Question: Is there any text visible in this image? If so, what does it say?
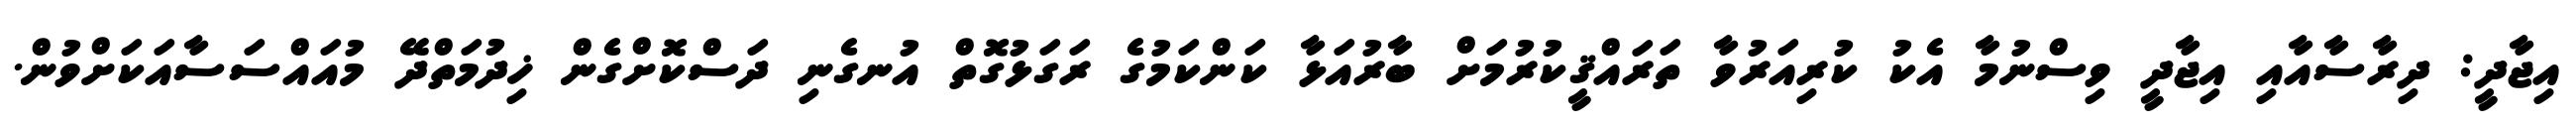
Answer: އިޖާދީ: ދިރާސާއާއި އިޖާދީ ވިސްނުމާ އެކު ކުރިއަރުވާ ތަރައްޤީކުރުމަށް ބާރުއަޅާ ކަންކަމުގެ ރަގަޅުގޮތް އުނގެނި ދަސްކޮށްގެން ޚިދުމަތްދޭ މުއައްސަސާއަކަށްވުން.